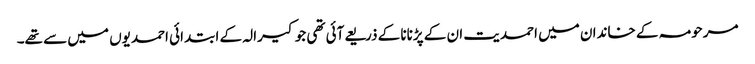
مرحومہ کے خاندان میں احمدیت ان کے پڑنانا کے ذریعےآئی تھی جو کیرالہ کے ابتدائی احمدیوں میں سے تھے۔